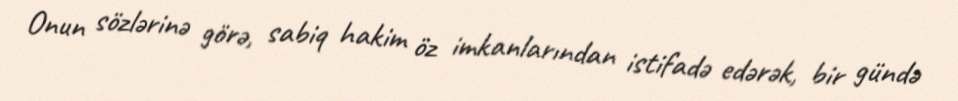
Onun sözlərinə görə, sabiq hakim öz imkanlarından istifadə edərək, bir gündə